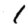
Digit: 1